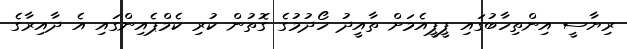
ރިޔާސީ އިންތިހާބުގައި ޕީޕީއެމަށް ތާއީދު ހޯދުމުގެ ގޮތުން ކުރި ކެމްޕެއިންގައި އެ ދާއިރާގެ